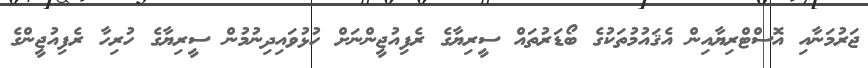
ޖަރުމަނާއި އޮސްޓްރިޔާއިން އެޤައުމުތަކުގެ ބޯޑަރުތައް ސީރިޔާގެ ރެފިއުޖީންނަށް ހުޅުވައިދިނުމުން ސީރިޔާގެ ހުރިހާ ރެފިއުޖީންގެ